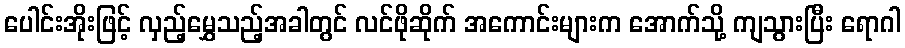
ပေါင်းအိုးဖြင့် လှည့်မွှေသည့်အခါတွင် လင်ဖိုဆိုက် အကောင်းများက အောက်သို့ ကျသွားပြီး ရောဂါ